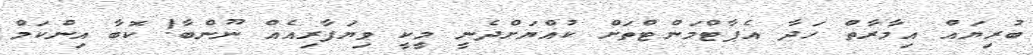
ބުރިޔައް އިމާރާތް ހަދާ އެޕާޓްމަންޓްތަށް ކުއްޔަށްދެނީ މީކީ ވިޔަފާރިއެއް ނޫންބާ! ކޮބާ އިންކަމް